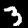
Label: 3